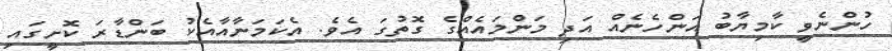
ހުންނެވީ ކާމިޔާބު އަންހެނެއް އަދި މަންމައެއްގެ ގޮތުގަ އެވެ. އެކަމަނާއާއެކު ބަންޑާރަ ކޮށީގައި